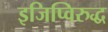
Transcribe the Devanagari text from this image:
इजिप्विरुद्ध